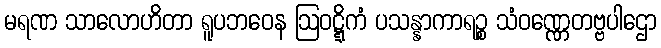
မရဏ သာလောဟိတာ ရူပဘဝေန ဩဝဋ္ဋိကံ ပသန္နာကာရဉ္စ သံဝဏ္ဏေတဗ္ဗပါဌော